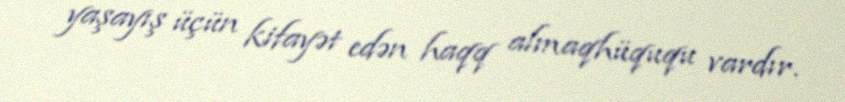
yaşayış üçün kifayət edən haqq almaqhüququ vardır.